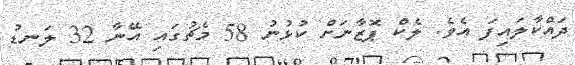
ދައްކާލައިފަ އެވެ. ލެކް ޕޮޒާނަށް ކުޅުނު 58 މެޗުގައި އޭނާ 32 ލަނޑު